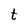
Character: t